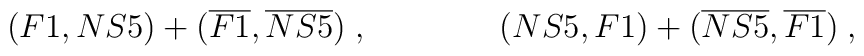
(F1,NS5)+(\overline{F1},\overline{NS5}) \; , \qquad\qquad(NS5,F1)+(\overline{NS5},\overline{F1}) \; ,